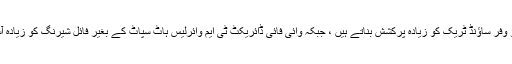
اس کے وائرلیس سب و وفر ساؤنڈ ٹریک کو زیادہ پرکشش بناتے ہیں ، جبکہ وائی فائی ڈائریکٹ ٹی ایم وائرلیس ہاٹ سپاٹ کے بغیر فائل شیرنگ کو زیادہ آسان اور سادہ بناتا ہے ۔